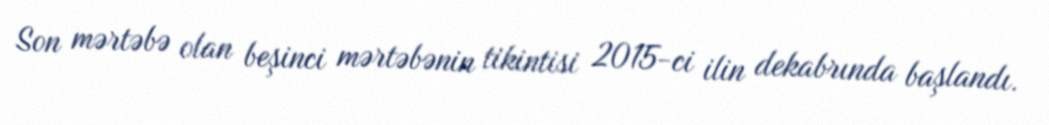
Son mərtəbə olan beşinci mərtəbənin tikintisi 2015-ci ilin dekabrında başlandı.